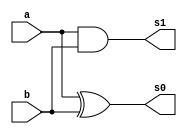
 // ------------------------- 
// Exemplo0031 - FullAdder 
// Nome: Lucas Cardoso 
// ------------------------- 
// ------------------------- 
// FullAdder
// ------------------------- 
module Adder (output s0, 
output s1,
input a, 
input b);
xor XOR1 (s0,a,b);
and AND1 (s1,a,b);
endmodule//Adder

module C1 (output s1,
input a,
input b);
xor XOR2(s1,a,b);
endmodule//C1

module fullAdder (output s2,
output Carry_out,
input Carry_in,
input x,
input y);
wire temp1,temp2,temp3;
Adder A1 (temp1,temp2,x,y);
Adder A2 (s2,temp3,temp1,Carry_in);
or OR1(Carry_out,temp3,temp2);
endmodule//fullAdder

module Prin (output [3:0] s,
output sinal,
input [3:0] x1,
input [3:0] y1,
input Carry_in);
wire temp4,temp5,temp6,c0,c1,c2,c3,c5;
C1 C0 (c0,Carry_in,y1[0]);
C1 C1 (c1,Carry_in,y1[1]);
C1 C2 (c2,Carry_in,y1[2]);
C1 C3 (c3,Carry_in,y1[3]);
fullAdder fA1(s[0],temp4,Carry_in,x1[0],c0);
fullAdder fA2(s[1],temp5,temp4,x1[1],c1);
fullAdder fA3(s[2],temp6,temp5,x1[2],c2);
fullAdder fA4(s[3],Carry_out,temp6,x1[3],c3);
C1 C4 (sinal,Carry_out,Carry_in);
endmodule//Prin

module testPrin;
// ------------------------- definir dados 
reg [3:0] x;
reg [3:0] y;
reg  v;
wire [3:0] s;
wire sinal,Carry_out; 
Prin modulo ( s, sinal, x, y, v);
// ------------------------- parte principal 
initial begin 
$display("Exemplo0031 - Lucas Cardoso - 441694"); 
$display("Test AU's module"); 
x = 4'b0000; y = 4'b0000; v = 'b0; 
// projetar testes do modulo 
$display("\na b Carry_in sinal s");
#1 $monitor("%b %b %b %b %b",x,y,v,sinal,s);
#1 x='b0001;y ='b0001; v= 'b0;  
#1 x='b0010;y ='b0010; v= 'b0;
#1 x='b0011;y ='b0011; v= 'b0;

#1 x='b0100;y ='b0100; v= 'b0; 
#1 x='b0101;y ='b0101; v= 'b0;  
#1 x='b0110;y ='b0110; v= 'b0;
#1 x='b0111;y ='b0111; v= 'b0;

#1 x='b1000;y ='b1000; v= 'b0; 
#1 x='b1001;y ='b1001; v= 'b0;  
#1 x='b1010;y ='b1010; v= 'b0;
#1 x='b1011;y ='b1011; v= 'b0;

#1 x='b1100;y ='b1100; v= 'b0; 
#1 x='b1101;y ='b1101; v= 'b0;  
#1 x='b1110;y ='b1110; v= 'b0;
#1 x='b1111;y ='b1111; v= 'b0;

#1 x='b0000;y ='b0000; v= 'b1; 
#1 x='b0001;y ='b0001; v= 'b1;  
#1 x='b0010;y ='b0010; v= 'b1;
#1 x='b0011;y ='b0011; v= 'b1;

#1 x='b0100;y ='b0100; v= 'b1; 
#1 x='b0101;y ='b0101; v= 'b1;  
#1 x='b0110;y ='b0110; v= 'b1;
#1 x='b0111;y ='b0111; v= 'b1;

#1 x='b1000;y ='b1000; v= 'b1; 
#1 x='b1001;y ='b1001; v= 'b1;  
#1 x='b1010;y ='b1010; v= 'b1;
#1 x='b1011;y ='b1011; v= 'b1;

#1 x='b1100;y ='b1100; v= 'b1; 
#1 x='b1101;y ='b1101; v= 'b1;  
#1 x='b1110;y ='b1110; v= 'b1;
#1 x='b1111;y ='b1111; v= 'b1;

end 
endmodule // test_FullAdder